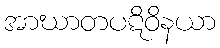
အာဃာတပဋိဝိနယာ